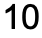
10